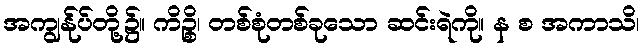
အကျွန်ုပ်တို့၌။ ကိဉ္စိ၊ တစ်စုံတစ်ခုသော ဆင်းရဲကို။ န စ အကာသိ၊